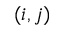
( i , j )